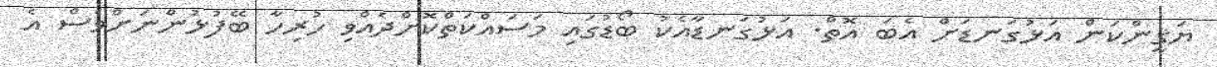
ޔަޤީންކަން އަޅުގަނޑަށް އެބަ އޮތް. އަޅުގަނޑާއެކު ބޯޑުގައި މަސައްކަތްކޮށްދެއްވި ހުރިހާ ބޭފުޅުންނަށްވެސް އެ